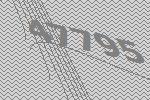
47795